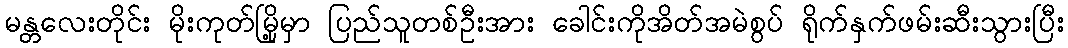
မန္တလေးတိုင်း မိုးကုတ်မြို့မှာ ပြည်သူတစ်ဦးအား ခေါင်းကိုအိတ်အမဲစွပ် ရိုက်နှက်ဖမ်းဆီးသွားပြီး